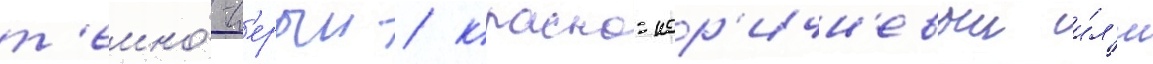
т'емно́-с'ерыи / красно-кор'ичн'евыи и́л'и